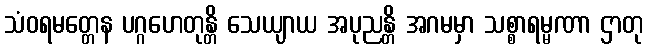
သံဝရမတ္တေန ပဂ္ဂဟေတုန္တိ သေယျာယ အပုညန္တိ အဂမမှာ သစ္စာရမ္မဏာ ဌာတု